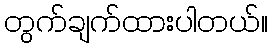
တွက်ချက်ထားပါတယ်။